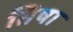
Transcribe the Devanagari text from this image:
तिषा